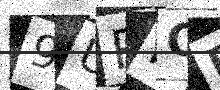
Text: 9UPKQE